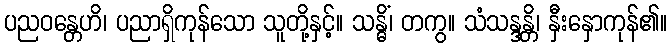
ပညဝန္တေဟိ၊ ပညာရှိကုန်သော သူတို့နှင့်။ သန္ဓိံ၊ တကွ။ သံသန္ဒန္တိ၊ နှီးနှောကုန်၏။